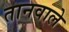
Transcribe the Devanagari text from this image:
तानवाले